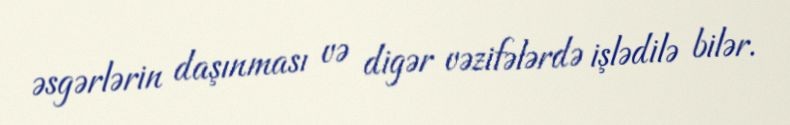
əsgərlərin daşınması və digər vəzifələrdə işlədilə bilər.